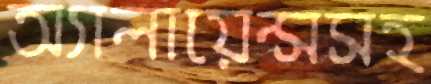
অ্যালায়েন্সসহ